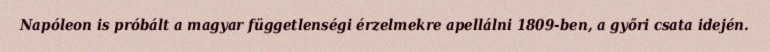
Napóleon is próbált a magyar függetlenségi érzelmekre apellálni 1809-ben, a győri csata idején.